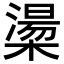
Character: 𪳷